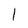
Character: l